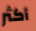
أكثر